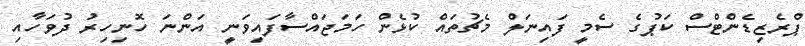
ޕްރެޒިޑެންޓްސް ކަޕުގެ ސެމީ ފައިނަލް މެޗުތައް ކުޅެން ހަމަޖައްސާފައިވަނީ އަންނަ ހޮނިހިރު ދުވަހާއި